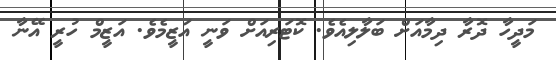
މަދީހާ ދޮރާ ދިމާއަށް ބަލާލިއެވެ. ކޮޓަރިއަށް ވަނީ އަޒީމެވެ. އަޒީމް ހުރީ އޭނާ